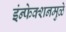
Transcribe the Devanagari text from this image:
इंन्फेक्शनमुळे